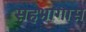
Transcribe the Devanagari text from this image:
सहभागास